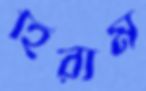
হিরাম